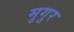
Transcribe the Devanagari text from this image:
मुगुर